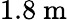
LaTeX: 1.8~\mathrm{m}